Scottish Leaving Certificate Examination, 1958
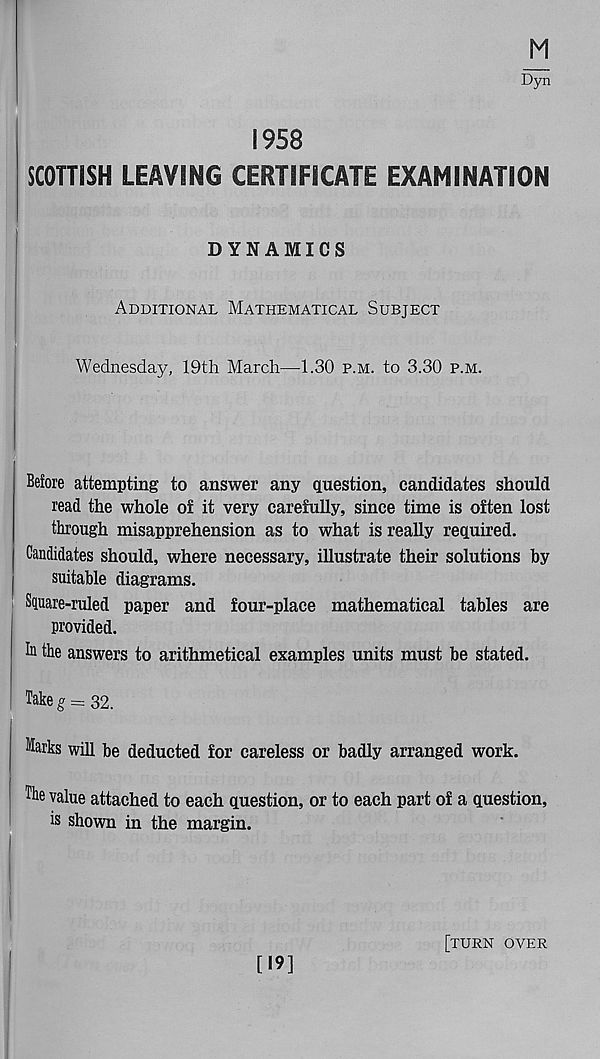
M
1958
SCOTTISH LEAVING CERTIFICATE EXAMINATION
DYNAMICS
Additional Mathematical Subject
Wednesday, 19th March—1.30 p.m. to 3.30 p.m.
Before attempting to answer any question, candidates should
read the whole of it very carefully, since time is often lost
through misapprehension as to what is really required.
Candidates should, where necessary, illustrate their solutions by
suitable diagrams.
Square-ruled paper and four-place mathematical tables are
provided.
In the answers to arithmetical examples units must be stated.
Take g = 32.
Marks will be deducted for careless or badly arranged work.
The value attached to each question, or to each part of a question,
is shown in the margin.
[19]
[turn over